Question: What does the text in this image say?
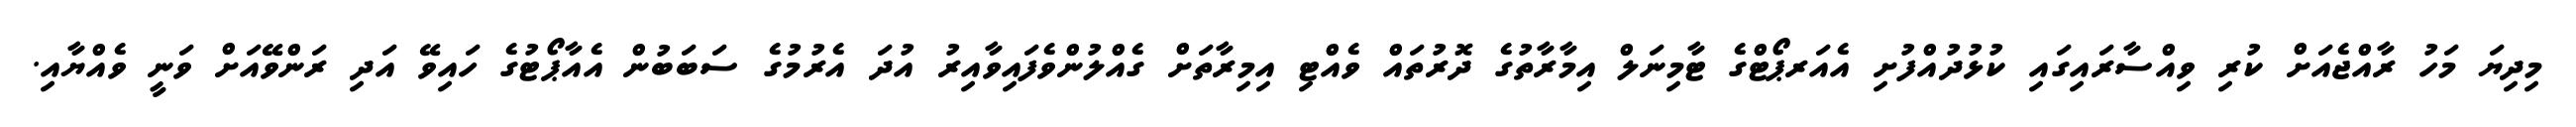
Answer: މިދިޔަ މަހު ރާއްޖެއަށް ކުރި ވިއްސާރައިގައި ކުޅުދުއްފުށި އެއަރޕޯޓްގެ ޓާމިނަލް އިމާރާތުގެ ދޮރުތައް ވެއްޓި އިމިރާތަށް ގެއްލުންވެފައިވާއިރު އުދަ އެރުމުގެ ސަބަބުން އެއާޕޯޓުގެ ހައިވޭ އަދި ރަންވޭއަށް ވަނީ ވެއްޔާއި.